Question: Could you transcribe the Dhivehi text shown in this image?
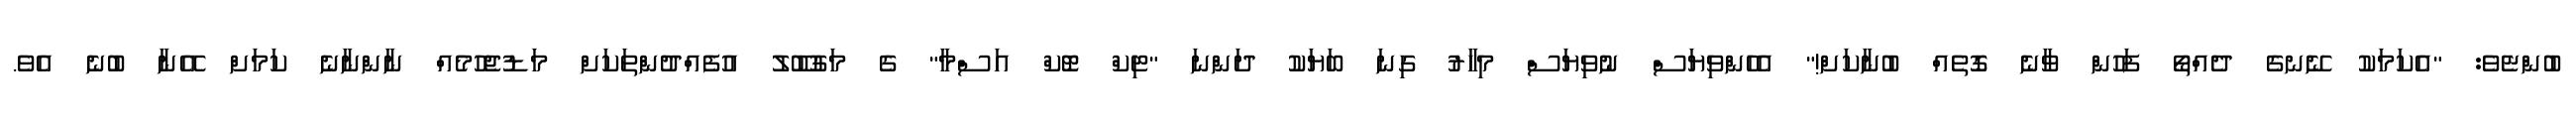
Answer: ބުންޏެވެ: "އެކަމަކު ނޭނގެ ދެއްތޯ ފަހުން ވާނެ ގޮތެއް ބުނާކަށް!" އެހެންވިޔަސް ނުވިޔަސް މިހާރު ގިނަ ބަޔަކު ދަންނަ "ޓިކް ޓޮކް އަސްމާ" ގެ މަގުބޫލު އުފެއްދުންތަކަށް މަޑުޖެހުމެއް ނާންނާނެ ކަމަށް އޭނާ ބުނެ އެވެ.